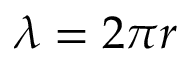
\lambda = 2 \pi r